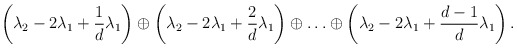
\begin{align*}\left(\lambda_2-2\lambda_1+{1\over d}\lambda_1\right) \oplus\left(\lambda_2-2\lambda_1+{2\over d}\lambda_1\right)\oplus\ldots\oplus\left(\lambda_2-2\lambda_1+{d-1\over d}\lambda_1\right).\end{align*}